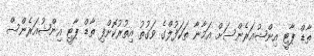
ތާޑް ޕާޓީ އިންޝުއަރެންސަށް އަމާނާ ތަކަފުލްގެ ވަގުތު އިތުރުކޮށްފި ތާޑް ޕާޓީ އިންޝުއަރެންސް